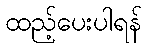
ထည့်ပေးပါရန်